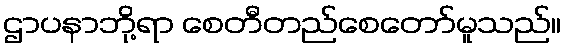
ဌာပနာဘို့ရာ စေတီတည်စေတော်မူသည်။